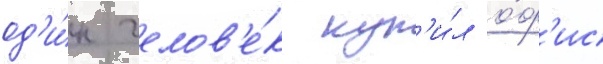
од'и́н челов'е́к куп'и́л о́ф'ис